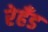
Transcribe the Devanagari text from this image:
रेहँड